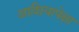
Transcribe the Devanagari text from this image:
आशियापेक्षा